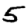
Digit: 5